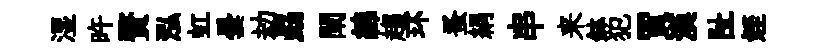
湿旿贅泓虹曇劫勗闡綿趨环蚤絹串来鉢犯賈漢阯姪